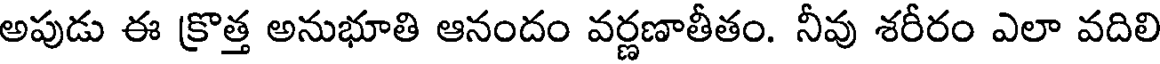
అపుడు ఈ క్రొత్త అనుభూతి ఆనందం వర్ణణాతీతం. నీవు శరీరం ఎలా వదిలి